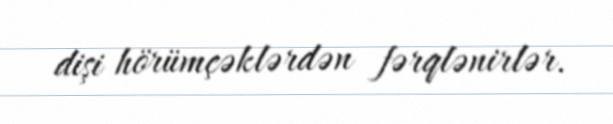
dişi hörümçəklərdən fərqlənirlər.